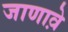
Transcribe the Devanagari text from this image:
जाणावे़